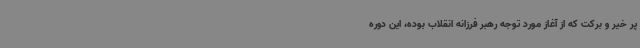
پر خیر و برکت که از آغاز مورد توجه رهبر فرزانه انقلاب بوده، این دوره